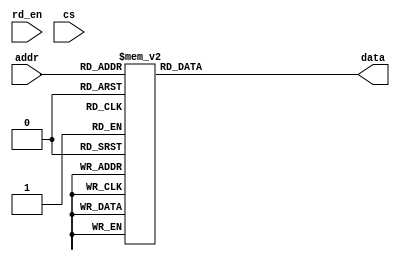
`timescale 1ns / 1ps

module rom(addr, data, rd_en, cs);
input [2:0] addr;
input cs, rd_en;
output reg [7:0] data;

always@(*)
case(addr)
    0: data=22;
    1: data=45;
    2: data=46;
    3: data=14;
    4: data=13;
    5: data=28;
    6: data=25;
    7: data=12;
endcase

endmodule